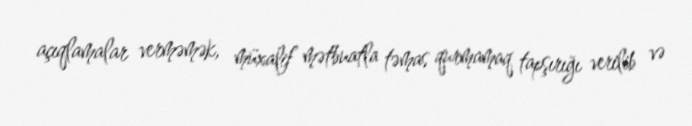
açıqlamalar verməmək, müxalif mətbuatla təmas qurmamaq tapşırığı verilib və